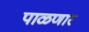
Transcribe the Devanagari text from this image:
पाळणार